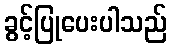
ခွင့်ပြုပေးပါသည်